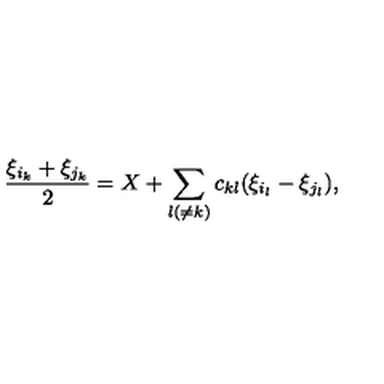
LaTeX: \frac { \xi _ { i _ { k } } + \xi _ { j _ { k } } } { 2 } = X + \sum _ { l ( \neq k ) } c _ { k l } ( \xi _ { i _ { l } } - \xi _ { j _ { l } } ) ,